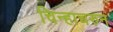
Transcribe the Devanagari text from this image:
चिन्हाचरुन